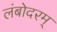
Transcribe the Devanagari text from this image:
लंबोदरम्